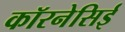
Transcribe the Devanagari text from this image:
कॉरनेसिई